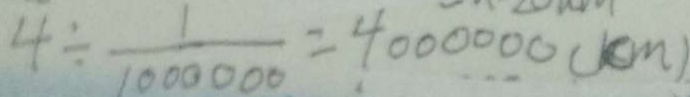
4 \div \frac { 1 } { 1 0 0 0 0 0 0 } = 4 0 0 0 0 0 0 ( k m )